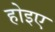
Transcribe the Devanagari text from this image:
होइए